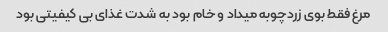
مرغ فقط بوی زردچوبه میداد و خام بود به شدت غذای بی کیفیتی بود